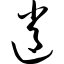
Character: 逍